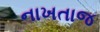
નાખતાજ